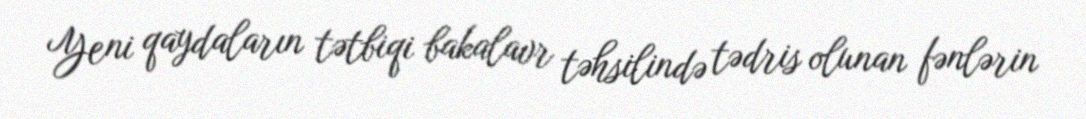
Yeni qaydaların tətbiqi bakalavr təhsilində tədris olunan fənlərin